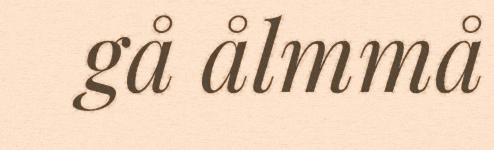
gå ålmmå